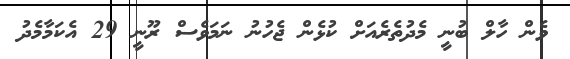
ވެން ހާލް ބުނީ މެދުތެރެއަށް ކުޅެން ޖެހުނު ނަމަވެސް ރޫނީ 29 އެކަމާމެދު